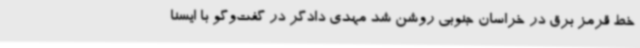
خط قرمز برق در خراسان جنوبی روشن شد مهدی دادگر در گفت‌وگو با ایسنا